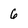
Character: 6